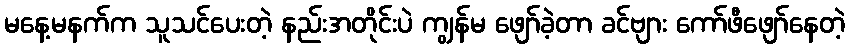
မနေ့မနက်က သူသင်ပေးတဲ့ နည်းအတိုင်းပဲ ကျွန်မ ဖျော်ခဲ့တာ ခင်ဗျား ကော်ဖီဖျော်နေတဲ့